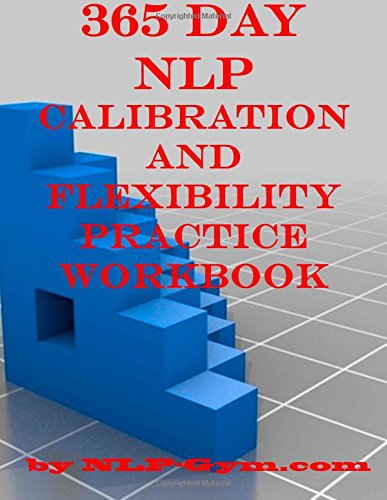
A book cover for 365 Day NLP Calibration and Flexibility Practice Workbook; Nlp Gym; Self-Help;